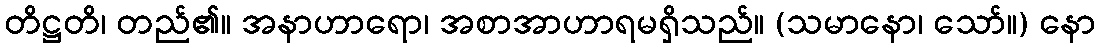
တိဋ္ဌတိ၊ တည်၏။ အနာဟာရော၊ အစာအာဟာရမရှိသည်။ (သမာနော၊ သော်။) နော